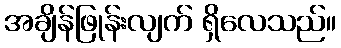
အချိန်ဖြုန်းလျက် ရှိလေသည်။